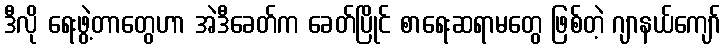
ဒီလို ရေးဖွဲ့တာတွေဟာ အဲဒီခေတ်က ခေတ်ပြိုင် စာရေးဆရာမတွေ ဖြစ်တဲ့ ဂျာနယ်ကျော်